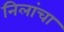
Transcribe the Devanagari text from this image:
निलांचा